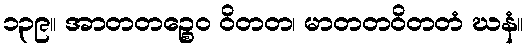
၁၃၉။ အာတတဉ္စေဝ ဝိတတ၊ မာတတဝိတတံ ဃနံ။